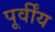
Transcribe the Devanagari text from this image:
पूर्वींय